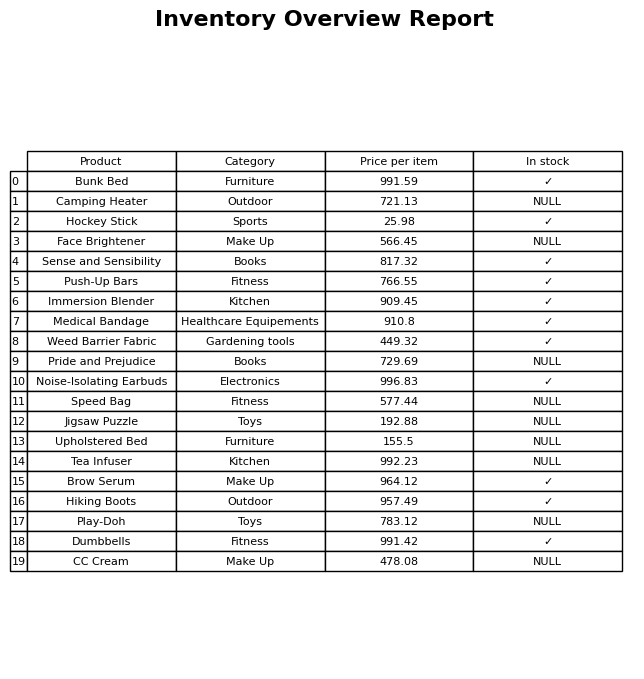
question: Is the Upholstered Bed in stock?
answer: NULL